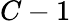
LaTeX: C-1